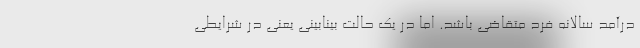
درآمد سالانه فرد متقاضی باشد. اما در یک حالت بینابینی یعنی در شرایطی